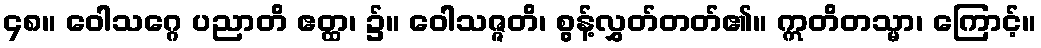
၄၈။ ဝေါသဂ္ဂေ ပညာတိ ဧတ္ထ၊ ၌။ ဝေါသဇ္ဇတိ၊ စွန့်လွှတ်တတ်၏။ ဣတိတသ္မာ၊ ကြောင့်။